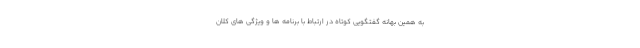
به همین بهانه گفتگویی کوتاه در ارتباط با برنامه ها و ویژگی های کلان